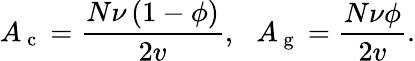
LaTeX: A_{\mathrm{~c~}}=\frac{N\nu\left(1-\phi\right)}{2v},\, \, \, \, A_{\mathrm{~g~}}=\frac{N\nu\phi}{2v}.